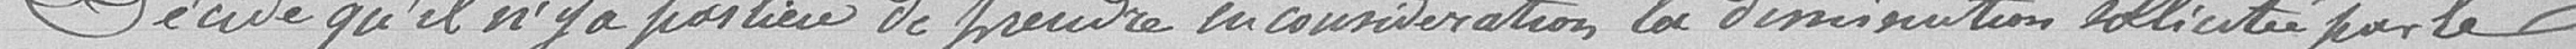
Décide qu'il n'y a pas lieu de prendre en considération la diminution sollicitée par le